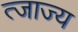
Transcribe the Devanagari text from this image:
त्जाज्य